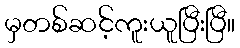
မှတစ်ဆင့်ကူးယူပြီးပြီ။